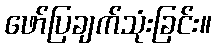
ဖော်ပြချက်သုံးခြင်း။